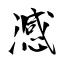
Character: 澸